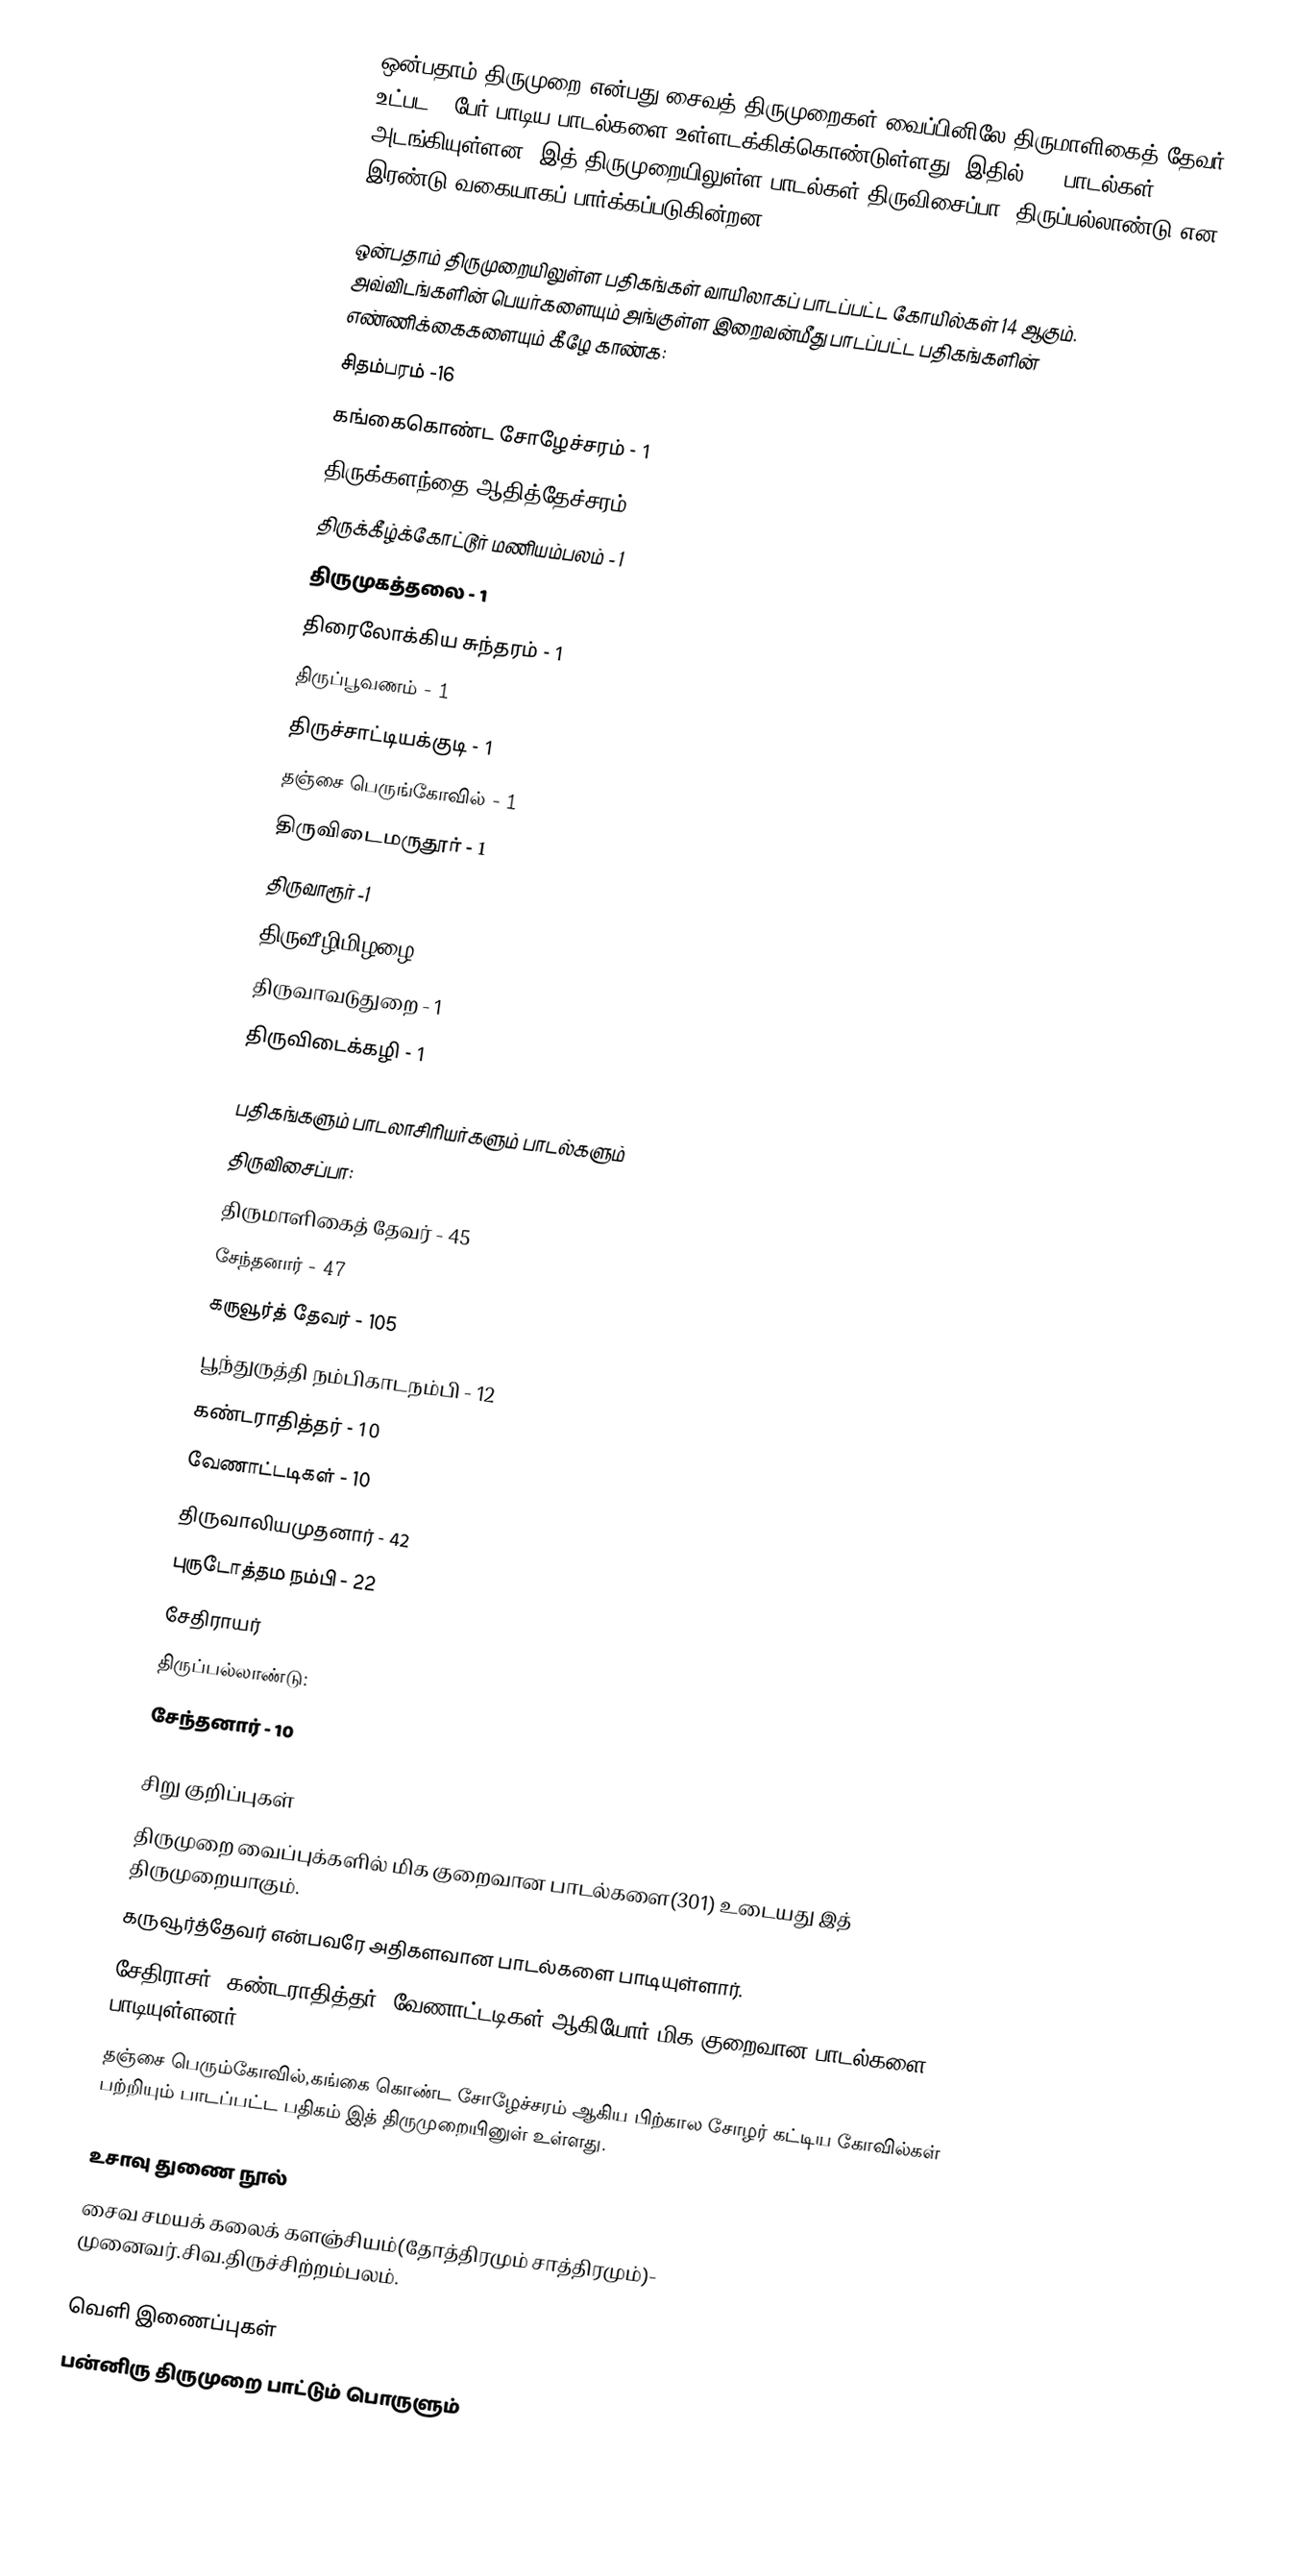
ஒன்பதாம் திருமுறை என்பது  சைவத் திருமுறைகள் வைப்பினிலே திருமாளிகைத் தேவர்  உட்பட 9 பேர் பாடிய பாடல்களை உள்ளடக்கிக்கொண்டுள்ளது. இதில் 303 பாடல்கள் அடங்கியுள்ளன..இத் திருமுறையிலுள்ள பாடல்கள் திருவிசைப்பா, திருப்பல்லாண்டு என  இரண்டு வகையாகப் பார்க்கப்படுகின்றன.

ஒன்பதாம் திருமுறையிலுள்ள பதிகங்கள் வாயிலாகப் பாடப்பட்ட கோயில்கள் 14 ஆகும். அவ்விடங்களின் பெயர்களையும் அங்குள்ள இறைவன்மீது பாடப்பட்ட பதிகங்களின் எண்ணிக்கைகளையும் கீழே காண்க:
 சிதம்பரம் -16
 கங்கைகொண்ட சோழேச்சரம் - 1
 திருக்களந்தை ஆதித்தேச்சரம் - 1
 திருக்கீழ்க்கோட்டூர் மணியம்பலம் - 1
 திருமுகத்தலை - 1
 திரைலோக்கிய சுந்தரம் - 1
 திருப்பூவணம் - 1
 திருச்சாட்டியக்குடி - 1
 தஞ்சை பெருங்கோவில் - 1
 திருவிடைமருதூர் - 1
 திருவாரூர் -1
 திருவீழிமிழழை - 1
 திருவாவடுதுறை - 1
 திருவிடைக்கழி - 1

பதிகங்களும் பாடலாசிரியர்களும் பாடல்களும்
 திருவிசைப்பா:
 திருமாளிகைத் தேவர் - 45
 சேந்தனார் - 47
 கருவூர்த் தேவர் - 105
 பூந்துருத்தி நம்பிகாடநம்பி - 12
 கண்டராதித்தர் - 10
 வேணாட்டடிகள் - 10
 திருவாலியமுதனார் - 42
 புருடோத்தம நம்பி - 22
 சேதிராயர்
 திருப்பல்லாண்டு:
 சேந்தனார் - 10

சிறு குறிப்புகள்
 திருமுறை வைப்புக்களில் மிக குறைவான பாடல்களை(301) உடையது இத் திருமுறையாகும்.
 கருவூர்த்தேவர் என்பவரே அதிகளவான பாடல்களை பாடியுள்ளார்.
 சேதிராசர், கண்டராதித்தர், வேணாட்டடிகள் ஆகியோர் மிக குறைவான பாடல்களை பாடியுள்ளனர்.
 தஞ்சை பெரும்கோவில்,கங்கை கொண்ட சோழேச்சரம் ஆகிய பிற்கால சோழர் கட்டிய கோவில்கள் பற்றியும் பாடப்பட்ட பதிகம் இத் திருமுறையினுள் உள்ளது.

உசாவு துணை நூல்
சைவ சமயக் கலைக் களஞ்சியம்(தோத்திரமும் சாத்திரமும்)- முனைவர்.சிவ.திருச்சிற்றம்பலம்.

வெளி இணைப்புகள்
பன்னிரு திருமுறை பாட்டும் பொருளும்